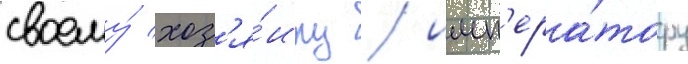
своему́ хоз'я́ину / имп'ера́тору